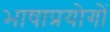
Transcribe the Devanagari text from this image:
भाषाप्रयोगों